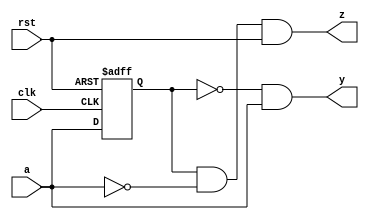
module REDandFED(
    input clk,
    input a,
    input rst,
    output y,
    output z
    );
    reg c;
    always @(posedge clk,negedge rst)  
    begin 
    if (~rst)
        c<=1;
    else
        c<=a;
    end
    
    assign y=(~c&a);
    assign z=(c&~a&rst);
endmodule